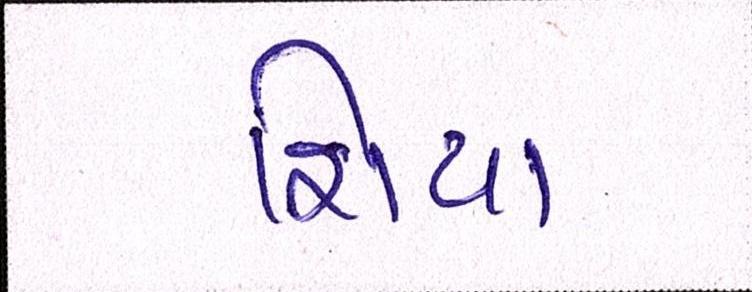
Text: શિયા